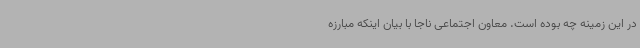
در این زمینه چه بوده است. معاون اجتماعی ناجا با بیان اینکه مبارزه